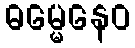
ဓမ္မေနေဝ